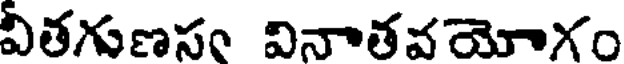
వితగుణసం వినాతవయోగం